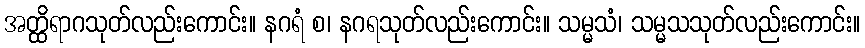
အတ္ထိရာဂသုတ်လည်းကောင်း။ နဂရံ စ၊ နဂရသုတ်လည်းကောင်း။ သမ္မသံ၊ သမ္မသသုတ်လည်းကောင်း။